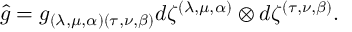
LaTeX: \hat { g } = g _ { ( \lambda , \mu , \alpha ) ( \tau , \nu , \beta ) } d \zeta ^ { ( \lambda , \mu , \alpha ) } \otimes d \zeta ^ { ( \tau , \nu , \beta ) } .